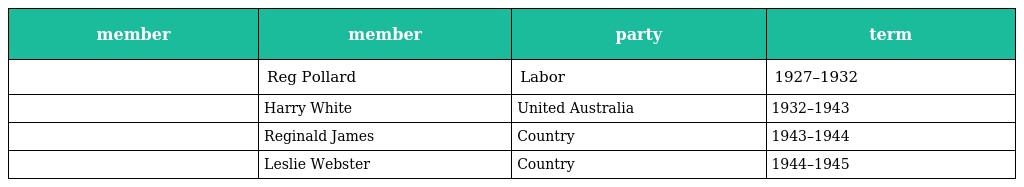
| member | member | party | term |
 | --- | --- | --- | --- |
 |  | Reg Pollard | Labor | 1927–1932 |
 |  | Harry White | United Australia | 1932–1943 |
 |  | Reginald James | Country | 1943–1944 |
 |  | Leslie Webster | Country | 1944–1945 |